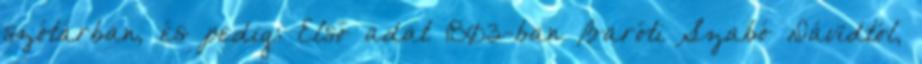
szótárban, és pedig: Első adat 1803-ban Baróti Szabó Dávidtól,